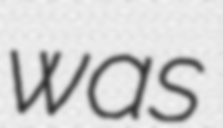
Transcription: was